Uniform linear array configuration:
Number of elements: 12
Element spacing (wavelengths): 1
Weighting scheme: binomial
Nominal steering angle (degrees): -15
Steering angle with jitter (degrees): -16.469
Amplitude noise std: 0.05
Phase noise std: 0.05

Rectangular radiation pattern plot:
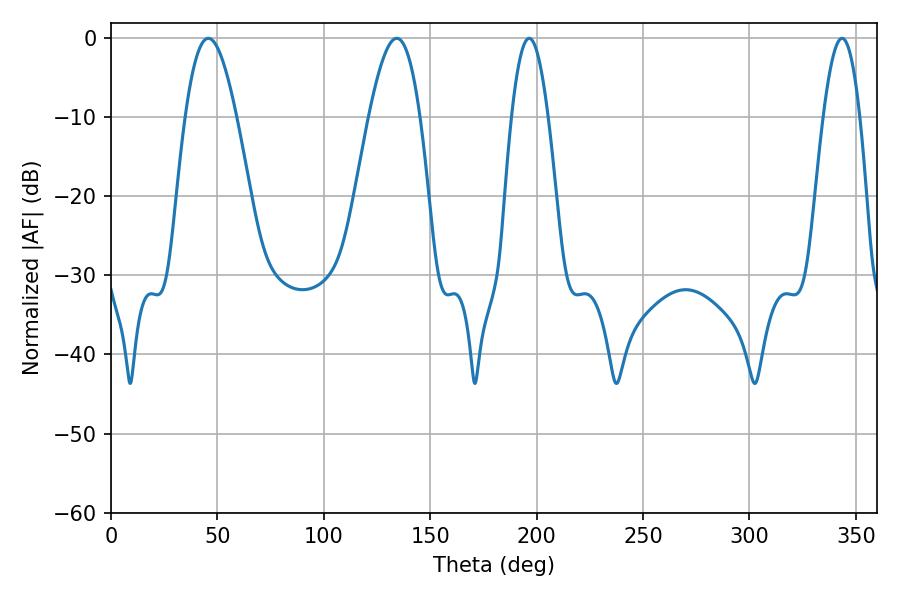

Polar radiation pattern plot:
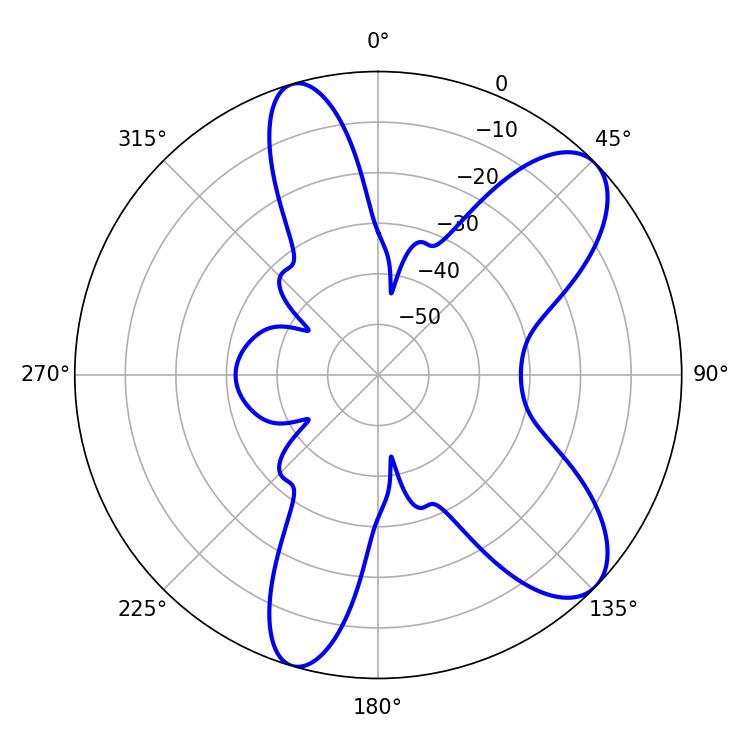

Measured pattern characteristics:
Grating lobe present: TRUE
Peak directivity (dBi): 8.938
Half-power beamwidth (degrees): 12.96
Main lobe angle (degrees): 45.72